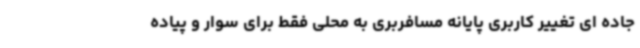
جاده ای تغییر کاربری پایانه مسافربری به محلی فقط برای سوار و پیاده